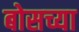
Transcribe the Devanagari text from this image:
बोसच्या